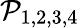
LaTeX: \mathcal{P}_{1,2,3,4}